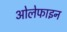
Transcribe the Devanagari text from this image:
ओलेफाइन